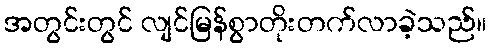
အတွင်းတွင် လျင်မြန်စွာတိုးတက်လာခဲ့သည်။